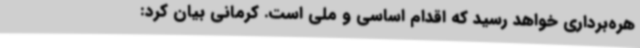
هره‌برداری خواهد رسید که اقدام اساسی و ملی است. کرمانی بیان کرد: